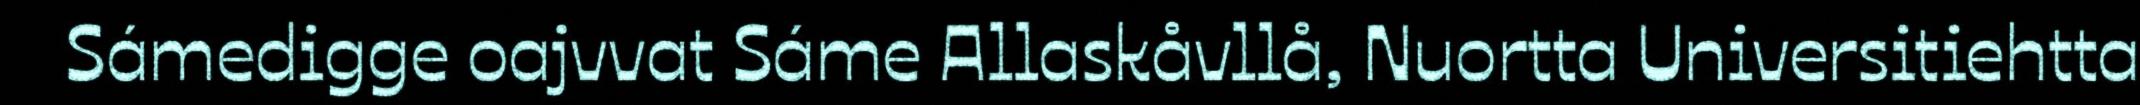
Sámedigge oajvvat Sáme Allaskåvllå, Nuortta Universitiehtta